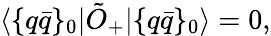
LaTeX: \langle{\{ q\bar{q}\} _{0}|\tilde{O}_{+}|\{ q\bar{q}\} _{0}}\rangle=0,